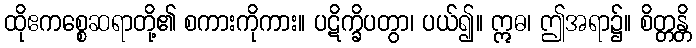
ထိုဧကစ္စေဆရာတို့၏ စကားကိုကား။ ပဋိက္ခိပတွာ၊ ပယ်၍။ ဣဓ၊ ဤအရာ၌။ စိတ္တန္တိ